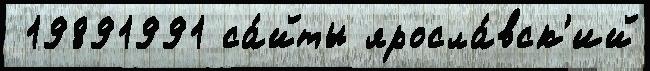
 19891991 са́йты яросла́вск'ий